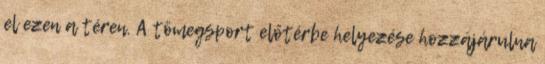
el ezen a téren. A tömegsport előtérbe helyezése hozzájárulna